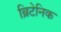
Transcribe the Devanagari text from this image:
ब्रिटेनिक